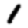
Digit: 1